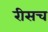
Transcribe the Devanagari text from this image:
रीसच